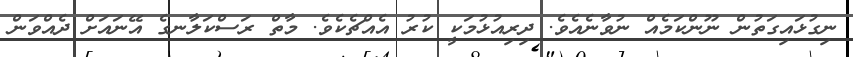
ނިގުޅައިގަތުން ނޫންކަމެއް ނުވާނެއެވެ. ދިރިއުޅުމަކީ ކުރު އެއްޗެކެވެ. މާތް ރަސްކަލާނގެ އޭނައަށް ދެއްވަން